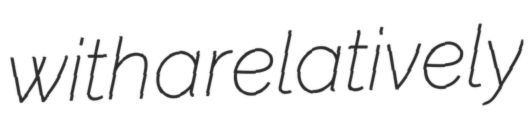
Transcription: with a relatively